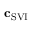
\mathbf { c } _ { \mathrm { S V I } }